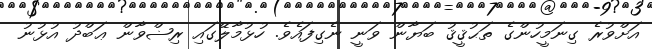
އަށްވުރެ ގިނަމީހުންގެ ތަޙުޤީޤު ބަޔާން ވަނީ ނެގިފައެވެ. ހުޅުމާލޭގައި ރިޟްވާން ޢަބްދު އުޅުނު